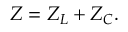
Z = Z _ { L } + Z _ { C } .